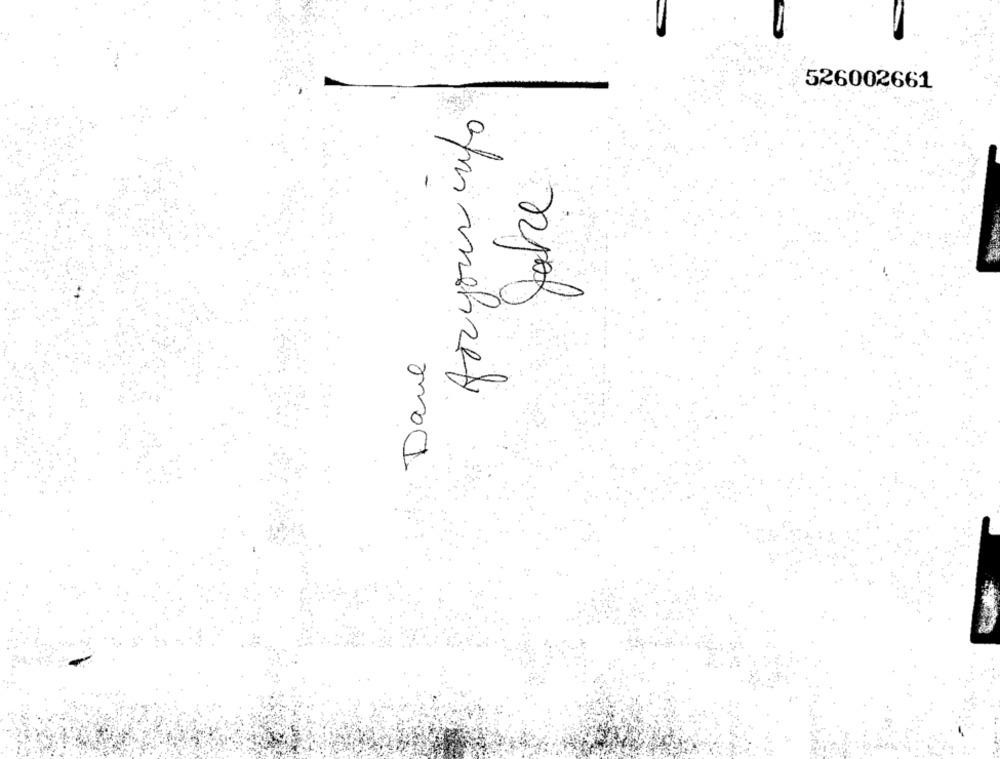
526002661
yahe
Dane
am mehrer